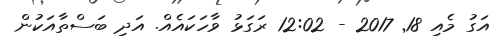
އަގު މެއި 18